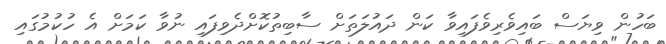
ބަހުން ވިޔަސް ބައިވެރިވެފައިވާ ކަން ދައުލަތަށް ސާބިތުކޮށްދެވިފައި ނުވާ ކަމަށް އެ ހުކުމުގައި